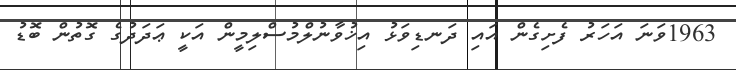
1963ވަނަ އަހަރު ފެށިގެން އައި ދަނޑިވަޅު އިޚުވާނުލްމުސްލިމީން އަކީ ޢަދަދުގެ ގޮތުން ބޮޑު